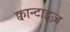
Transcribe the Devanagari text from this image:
क्वान्टाइज़